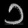
Digit: ၁